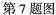
第7题图